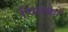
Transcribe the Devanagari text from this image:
चिंतको